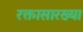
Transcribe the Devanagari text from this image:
रक्तासारख्या